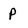
Character: p